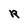
Character: R